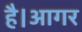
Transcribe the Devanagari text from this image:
है।आगर